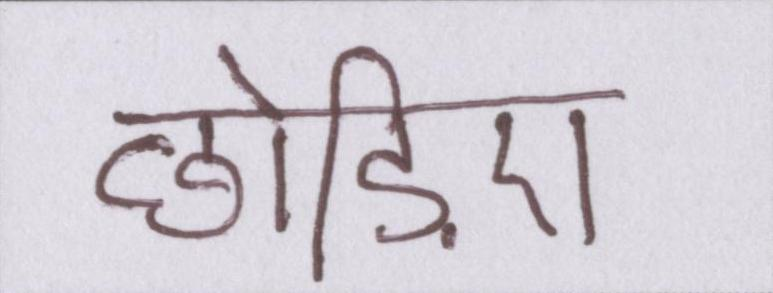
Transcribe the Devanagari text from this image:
छोड़िए